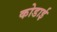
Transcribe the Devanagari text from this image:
कोडाई